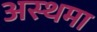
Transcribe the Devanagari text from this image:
अस्‍थमा